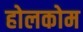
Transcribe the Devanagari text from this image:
होलकोम